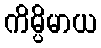
ကိမ္ပိမာယ